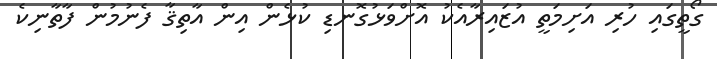
ގޯތީގައި ހުރި އަށިމަތީ އުޒައިރާއެކު އޮށްވަޅުގޮނޑި ކުޅެން އިން އާތިޤާ ފެނުމުން ފާތާނިކެ